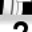
Digit: 2